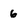
Character: 6